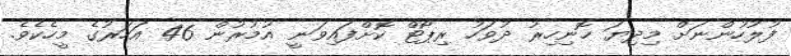
ފުލުހުންނަށް މިދިޔަ ހޮނިހިރު ދުވަހު ރިޕޯޓް ކޮށްފައިވަނީ އުމުރުން 46 އަހަރުގެ މީހެކެވެ.